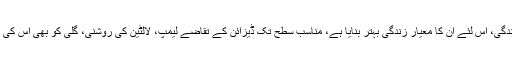
شمسی توانائی گارڈن لائٹس بھی بہت بلند ہے اس لئے لوگوں کی معاشی زندگی، اس لئے ان کا معیار زندگی بہتر بنایا ہے، مناسب سطح تک ڈیزائن کے تقاضے لیمپ، لالٹین کی روشنی، گلی کو بھی اس کی اپنی خصوصیات ہے امید کی تشکیل صرف دیکھنے کے لئے نہیں چاہتے ۔